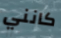
كانني